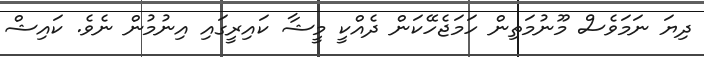
ދިޔަ ނަމަވެސް މޫނުމަތިން ހަމަޖެހޭކަން ދެއްކީ މީޝާ ކައިރީގައި އިނުމުން ނެވެ. ކައިޝް